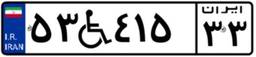
۵۵W۸۷۴۵۳